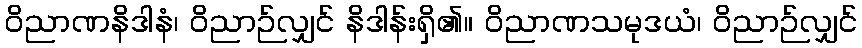
ဝိညာဏနိဒါနံ၊ ဝိညာဉ်လျှင် နိဒါန်းရှိ၏။ ဝိညာဏသမုဒယံ၊ ဝိညာဉ်လျှင်